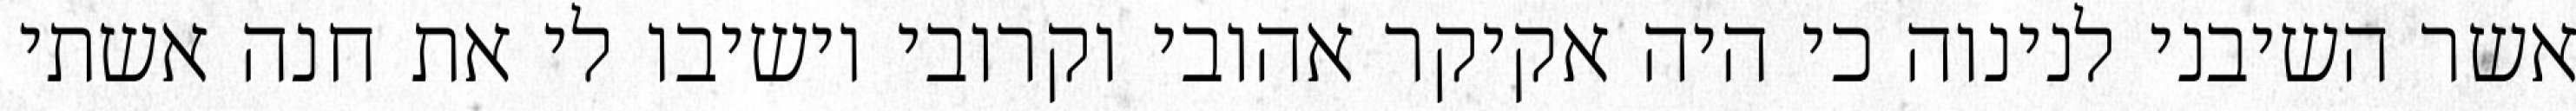
אשר השיבני לנינוה כי היה אקיקר אהובי וקרובי וישיבו לי את חנה אשתי